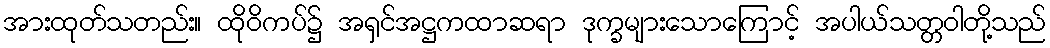
အားထုတ်သတည်း။ ထိုဝိကပ်၌ အရှင်အဋ္ဌကထာဆရာ ဒုက္ခများသောကြောင့် အပါယ်သတ္တဝါတို့သည်